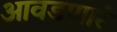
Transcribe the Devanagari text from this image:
आवडणारं